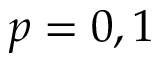
p = 0 , 1